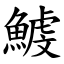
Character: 鰬